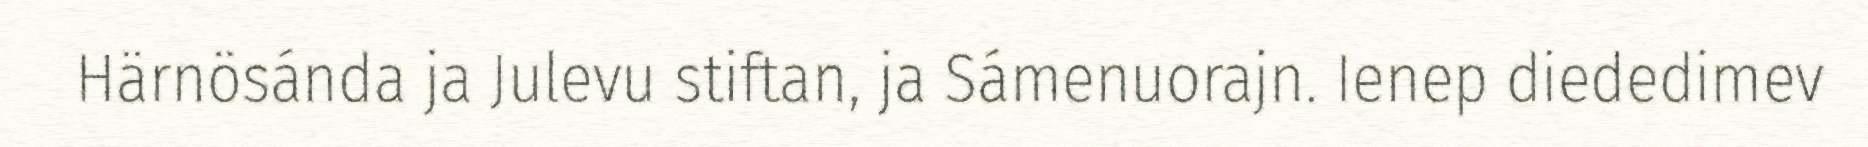
Härnösánda ja Julevu stiftan, ja Sámenuorajn. Ienep diededimev